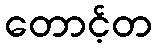
တောင့်တ